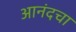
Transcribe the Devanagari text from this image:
आनंदचा